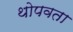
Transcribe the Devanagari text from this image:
थोपवता